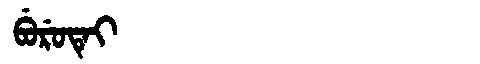
Manchu: ᠪᡠᡵᡠᡨᡝᡳ
Romanization: BURUTEI